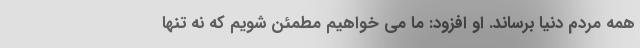
همه مردم دنیا برساند. او افزود: ما می خواهیم مطمئن شویم كه نه تنها